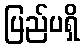
ပြည်ပရှိ